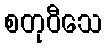
စတုဝီသေ